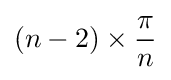
(n-2)\times {\frac {\pi }{n}}